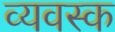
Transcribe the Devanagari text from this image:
व्यवस्क